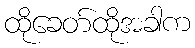
ထိုခေတ်ထိုအခါက